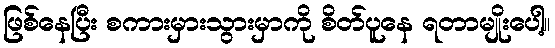
ဖြစ်နေပြီး စကားမှားသွားမှာကို စိတ်ပူနေ ရတာမျိုးပေါ့။